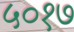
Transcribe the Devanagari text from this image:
५०१७